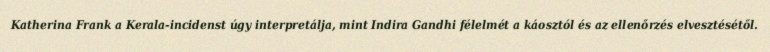
Katherina Frank a Kerala-incidenst úgy interpretálja, mint Indira Gandhi félelmét a káosztól és az ellenőrzés elvesztésétől.